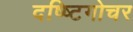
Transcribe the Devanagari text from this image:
दष्ष्टिगोचर